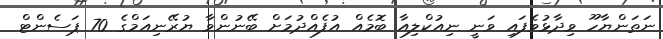
ނަތަންޔާހޫ ވިދާޅުވެފައި ވަނީ ނިއުކްލިއާ ބޮމެއް އުފެއްދުމަށް ބޭނުންވާ ޔުރޭނިއަމްގެ 70 ޕަސެންޓް